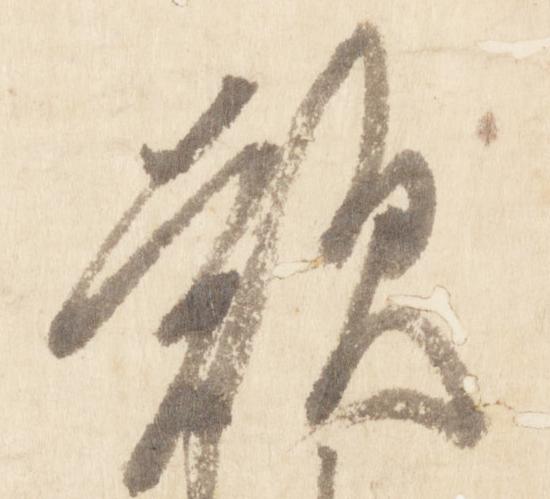
歎